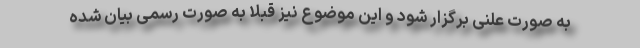
به صورت علنی برگزار شود و این موضوع نیز قبلا به صورت رسمی بیان شده